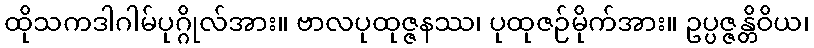
ထိုသကဒါဂါမ်ပုဂ္ဂိုလ်အား။ ဗာလပုထုဇ္ဇနဿ၊ ပုထုဇဉ်မိုက်အား။ ဥပ္ပဇ္ဇန္တိဝိယ၊